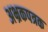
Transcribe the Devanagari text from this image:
अभ्रकपत्रक